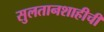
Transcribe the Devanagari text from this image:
सुलतानशाहीची